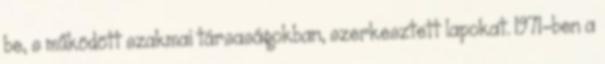
be, s működött szakmai társaságokban, szerkesztett lapokat. 1971-ben a